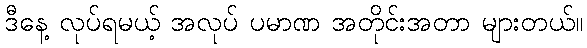
ဒီနေ့ လုပ်ရမယ့် အလုပ် ပမာဏ အတိုင်းအတာ များတယ်။